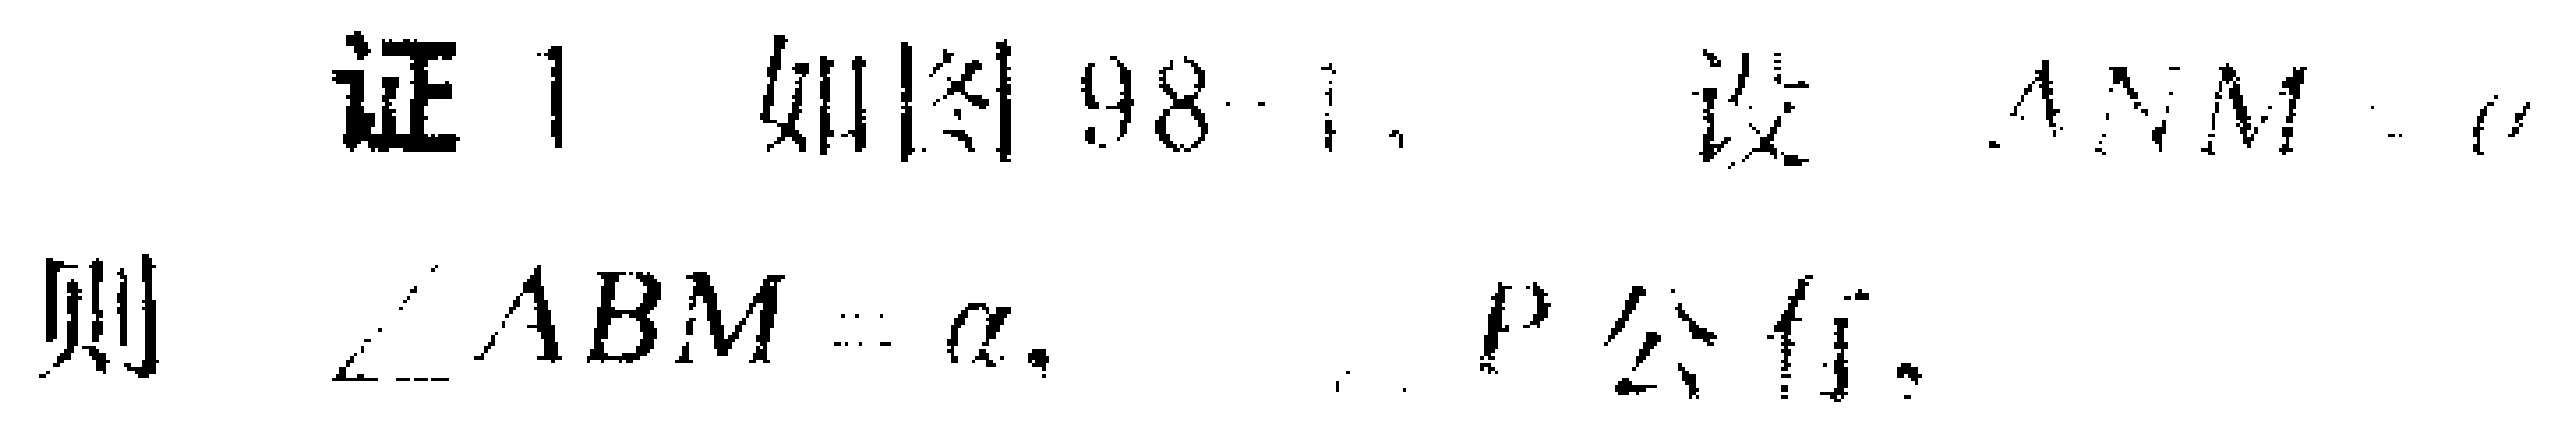
证 1 如图98 - 1，设 \(AM = a\)，则 \(\angle ABM=\alpha\)，  。P 公  。